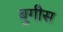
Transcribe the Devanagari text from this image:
बुगीस